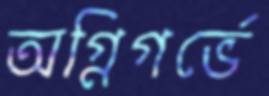
অগ্নিগর্ভে